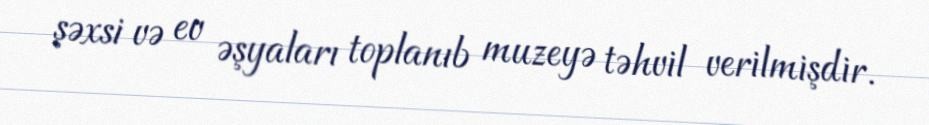
şəxsi və ev əşyaları toplanıb muzeyə təhvil verilmişdir.